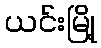
ယင်းမြို့